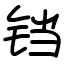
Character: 铛